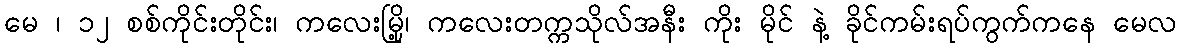
မေ ၊ ၁၂ စစ်ကိုင်းတိုင်း၊ ကလေးမြို့၊ ကလေးတက္ကသိုလ်အနီး ကိုး မိုင် နဲ့ ခိုင်ကမ်းရပ်ကွက်ကနေ မေလ